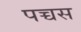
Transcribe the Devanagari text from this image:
पच्चस